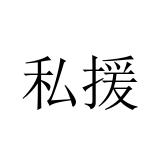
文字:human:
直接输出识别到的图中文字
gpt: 私援